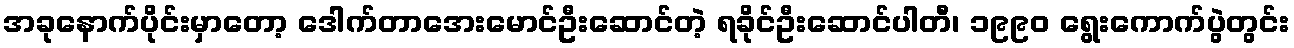
အခုနောက်ပိုင်းမှာတော့ ဒေါက်တာအေးမောင်ဦးဆောင်တဲ့ ရခိုင်ဦးဆောင်ပါတီ၊ ၁၉၉၀ ရွေးကောက်ပွဲတွင်း